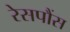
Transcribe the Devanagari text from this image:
रेसपौंस